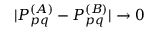
| P _ { p q } ^ { ( A ) } - P _ { p q } ^ { ( B ) } | \rightarrow 0